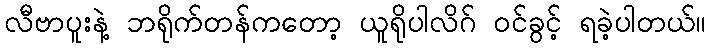
လီဗာပူးနဲ့ ဘရိုက်တန်ကတော့ ယူရိုပါလိဂ် ဝင်ခွင့် ရခဲ့ပါတယ်။